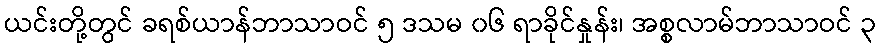
ယင်းတို့တွင် ခရစ်ယာန်ဘာသာဝင် ၅ ဒသမ ၀၆ ရာခိုင်နှုန်း၊ အစ္စလာမ်ဘာသာဝင် ၃